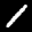
Label: 1